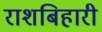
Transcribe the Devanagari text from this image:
राशबिहारी